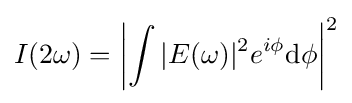
I(2\omega )=\left|\int {|E(\omega )|^{2}e^{i\phi }\mathrm {d} \phi }\right|^{2}